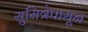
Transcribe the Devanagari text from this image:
सुमित्रेपासून